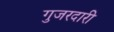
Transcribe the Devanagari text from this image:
गुजरदारी